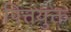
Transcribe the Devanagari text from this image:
पित्तयुक्त